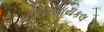
ડાઉનસાયકલ